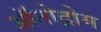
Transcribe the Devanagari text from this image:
ऑतोद्रोम